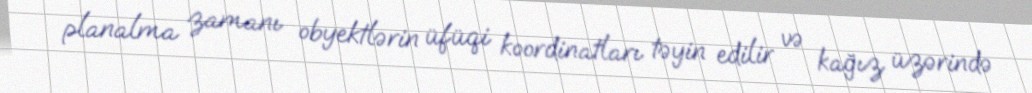
planalma zamanı obyektlərin üfüqi koordinatları təyin edilir və kağız üzərində